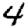
Digit: 4